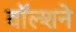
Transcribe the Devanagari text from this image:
वॉल्शने